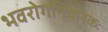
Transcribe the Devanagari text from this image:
भवरोगनिवारकः